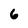
Character: 6